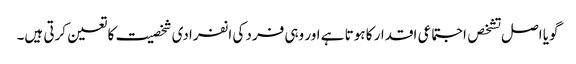
گویا اصل تشخص اجتماعی اقدار کا ہوتا ہے اور وہی فرد کی انفرادی شخصیت کا تعین کرتی ہیں۔